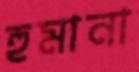
হুমানা